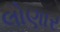
લોણાર